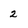
Character: 2